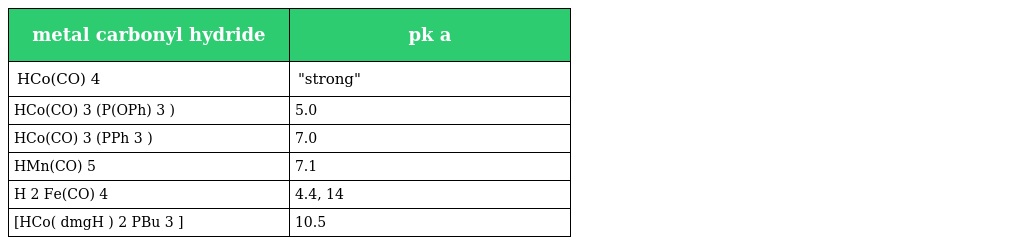
| metal carbonyl hydride | pk a |
 | --- | --- |
 | HCo(CO) 4 | "strong" |
 | HCo(CO) 3 (P(OPh) 3 ) | 5.0 |
 | HCo(CO) 3 (PPh 3 ) | 7.0 |
 | HMn(CO) 5 | 7.1 |
 | H 2 Fe(CO) 4 | 4.4, 14 |
 | [HCo( dmgH ) 2 PBu 3 ] | 10.5 |